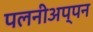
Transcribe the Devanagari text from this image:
पलनीअप्पन